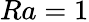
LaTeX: Ra=1